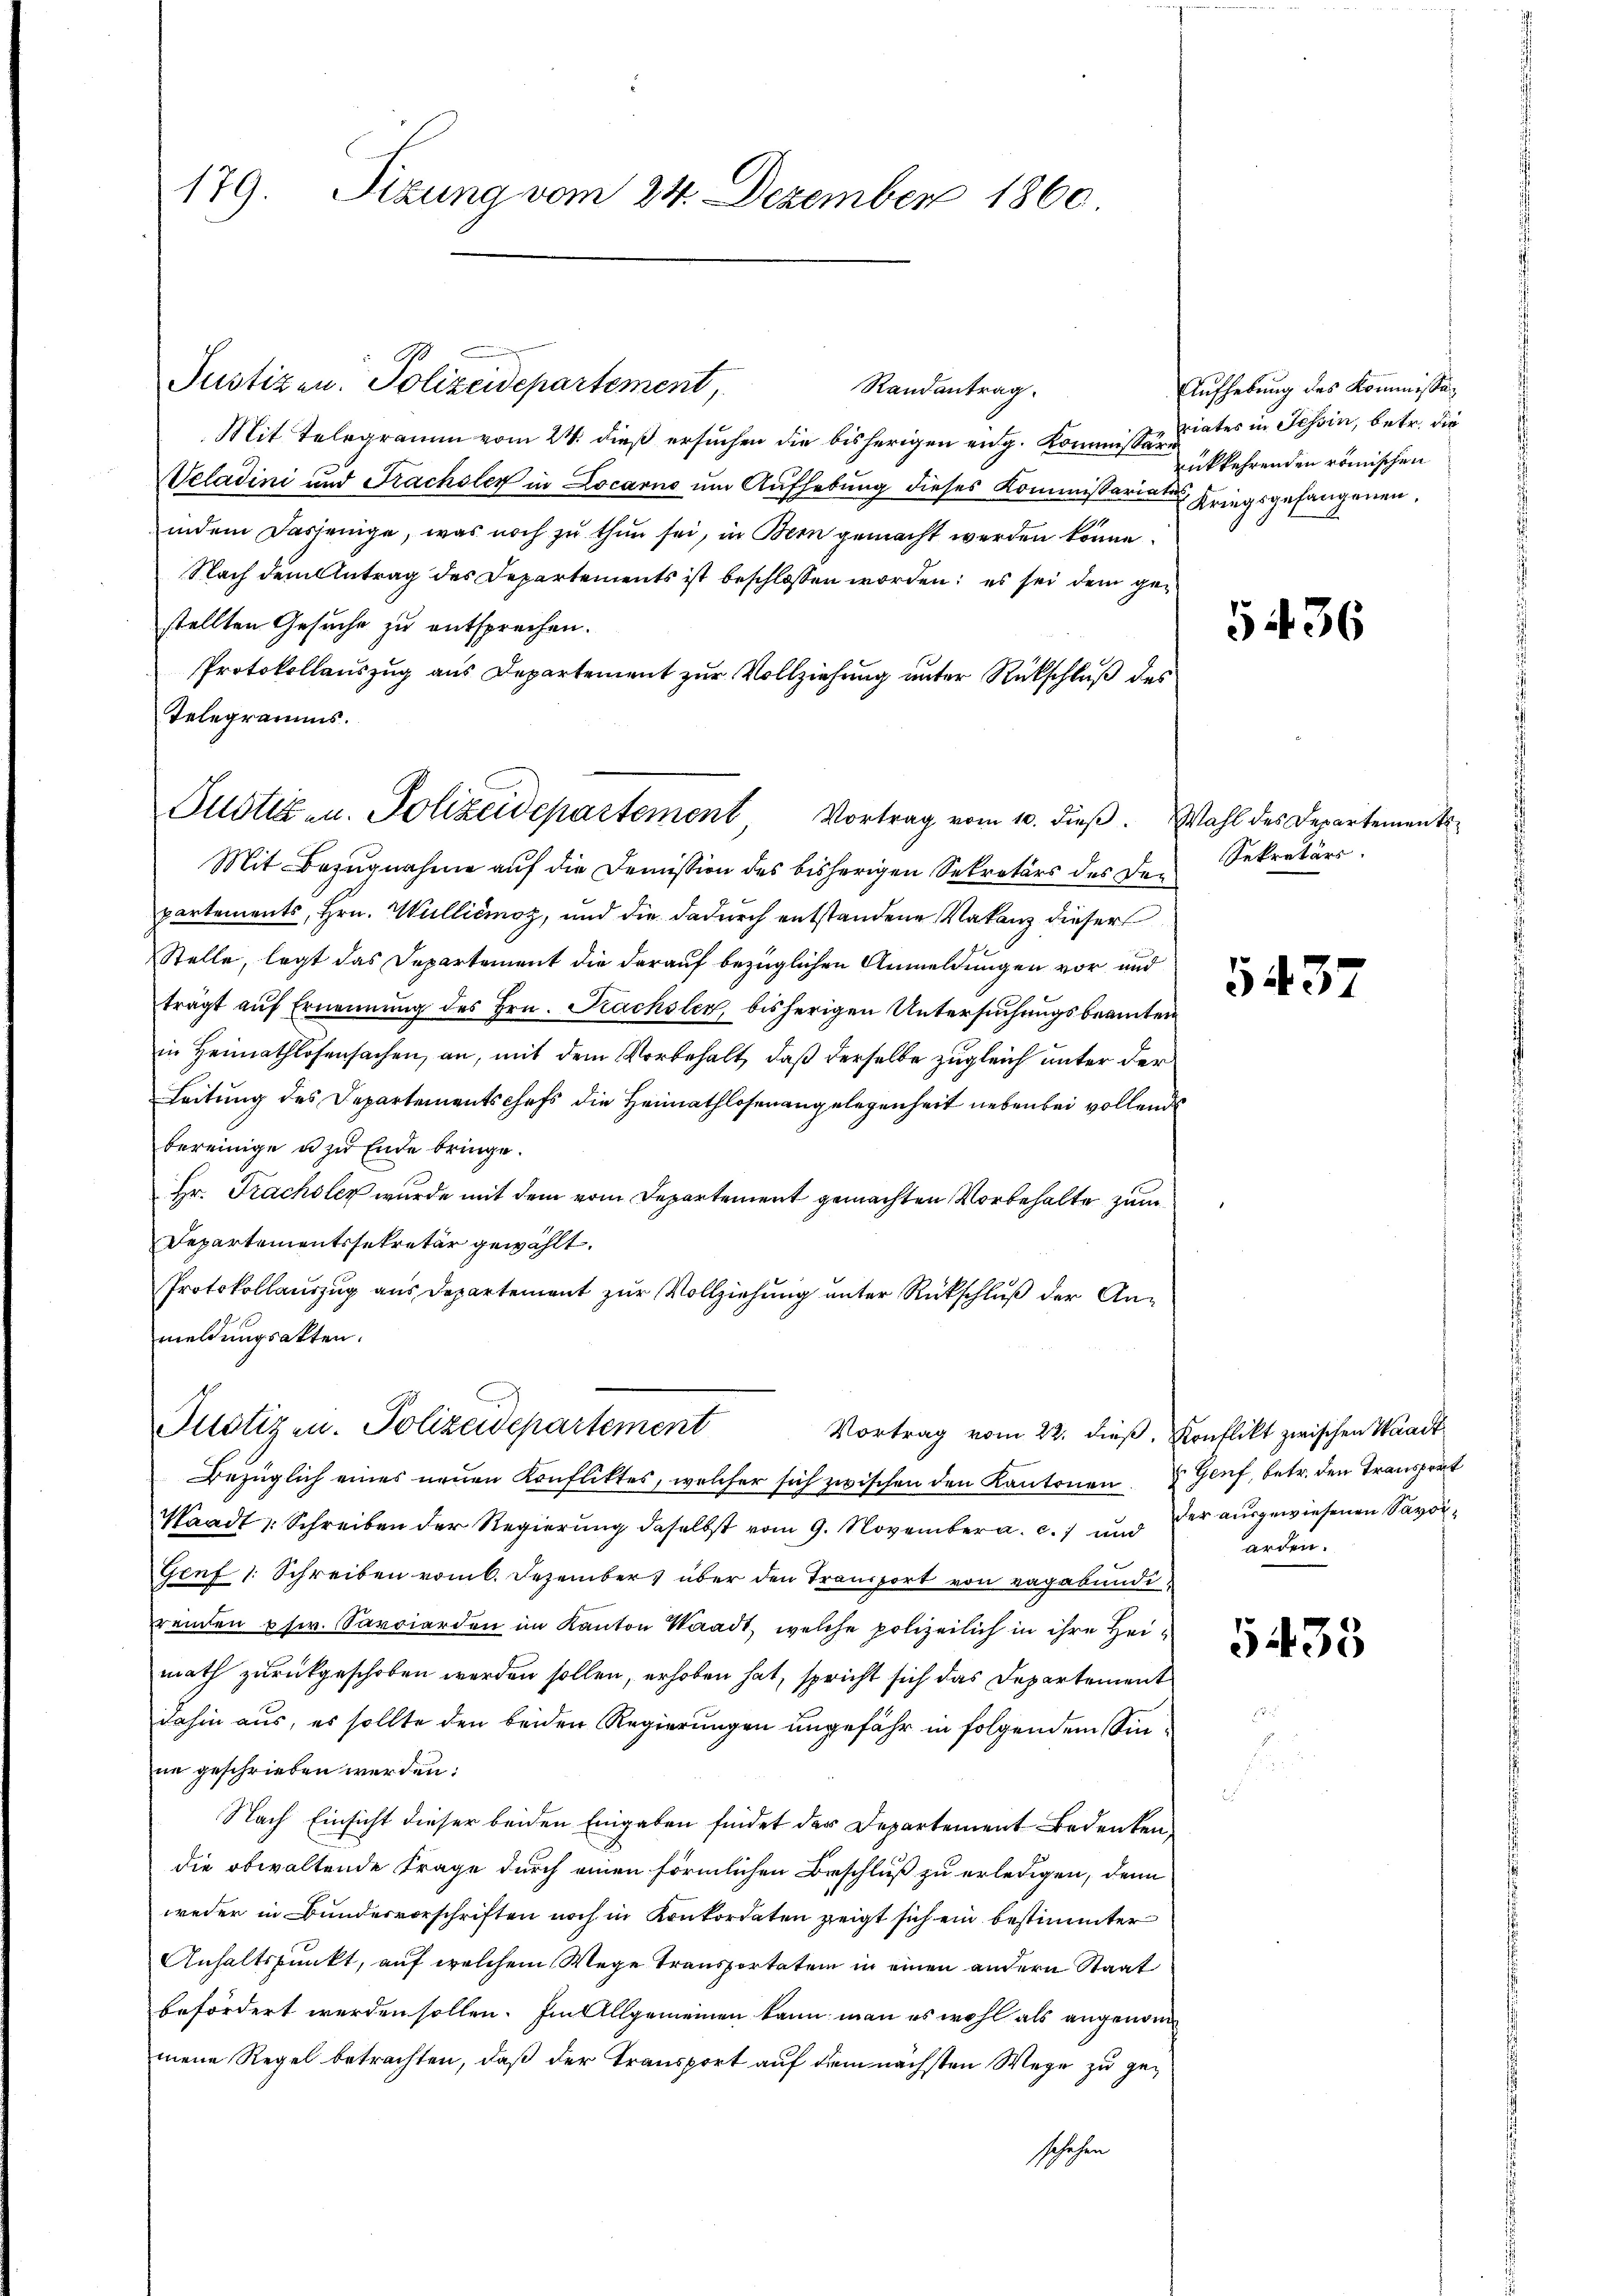
179. Sizung vom 24. Dezember 1860

Randantrag.
Mit Telegramm vom 24. dieß ersuchen die bisherigen eng. Kommissionates in Schin, betr. die
Veladini und Frachsler in Locarno um Aufhebung dieses Kommissariater Kriegsgefangenen.
indem dasjenige, was noch zu thun sei, in Bern gemacht werden könne.
Nach dem Antrag des Departements ist beschlossen worden; es sei dem gestellten Gesuche zu entsprechen.
Protokollauszug aus Departement zur Vollziehung unter Rückschluß des
Telegramms.
Mit Bezugnahme auf die Demission des bisherigen Sekretärs des Den
partements, Hrn. Williémoz, und die dadurch entstandene Vakanz dieser
Stelle, legt das Departement die darauf bezüglichen Anmeldungen vor und
trägt auf Ernennung des Hrn. Kachsler, bisherigen Untersuchungsbeamten
in Heimathlosensachen, an, mit dem Vorbehalt, daß derselbe zugleich unter der
Leitung des Departementschefs die Heimathlosenangelegenheit nebenbei vollends
bereinige u zu Ende bringe.
Hr. Frachsler wurde mit dem vom Departement gemachten Vorbehalte zum
Departementssekretär gewählt.
Protokollauszug aus Departement zur Vollziehung unter Rückschluß der Anmeldungsakten.
Justizen. Polizeidepartement
Vortrag vom 22. dieß, Konflikt zwischen Waadt
Bezüglich eines neuen Konfliktes, welcher sich zwischen den Kantonen Genf, betr. den Transport
Waadt Schreiben der Regierung daselbst vom 9. November a. c. und der ausgewiesenen Savoi¬
Genf 1: Schreiben vom 6. Dezember über den Transport von vagebundireiden usw. Sarcierden im Kanton Waadt, welche polizeilich in ihre Heimath zurückgeschoben werden sollen, erhoben hat, spricht sich das Departement
dahin aus, es sollte den beiden Regierungen ungefähr in folgendem Sinne geschrieben werden:
Nach Einsicht dieser beiden Eingaben findet der Departement Bedenkendie obwaltende Frage durch einen förmlichen Beschluß zu erledigen, denn
weder in Bundesvorschriften noch in Konkordaten zeigt sich ein bestimmter
Anhaltspunkt, auf welchem Wege Transportatem in einen andern Staat
befördert werden sollen. Im Allgemeinen kann man es wohl als angenommene Regel betrachten, daß der Transport auf dem nächsten Wege zu geschehen

Justizen. Polizeidepartement,

Justiz- u. Polizeidepartement, Vortrag vom 10. dieß. Wahl des Departement

Aufhebung des Kommissan
rükkehrenden römischen

5436

Sekretärs.

5437

arden.

5438